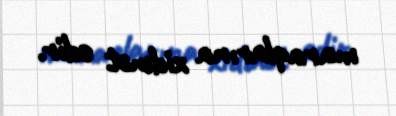
maraqlarına xidmət edir.